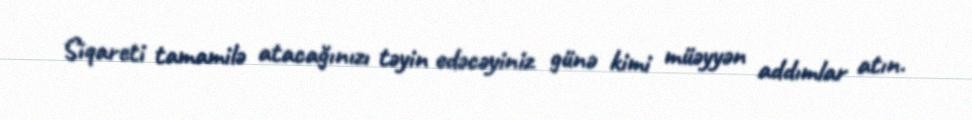
Siqareti tamamilə atacağınızı təyin edəcəyiniz günə kimi müəyyən addımlar atın.